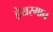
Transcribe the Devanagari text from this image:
हेयरमान